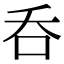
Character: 呑